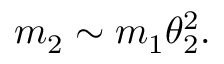
m _ { 2 } \sim m _ { 1 } \theta _ { 2 } ^ { 2 } .